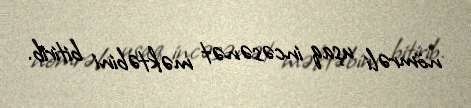
nömrəli uşaq incəsənət məktəbini bitirib.